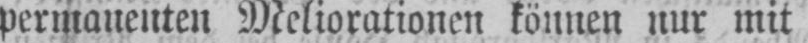
permanenten Meliorationen können nur mit